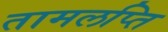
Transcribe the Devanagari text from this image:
तामलप्ति